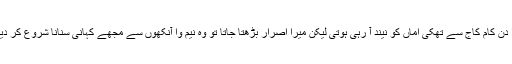
سارا دن کام کاج سے تھکی اماں کو نیند آ رہی ہوتی لیکن میرا اصرار بڑھتا جاتا تو وہ نیم وا آنکھوں سے مجھے کہانی سنانا شروع کر دیتیں ۔